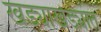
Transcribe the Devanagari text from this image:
खड्याखेड्यात